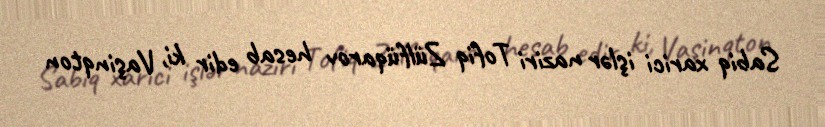
Sabiq xarici işlər naziri Tofiq Zülfüqarov hesab edir ki, Vaşinqton